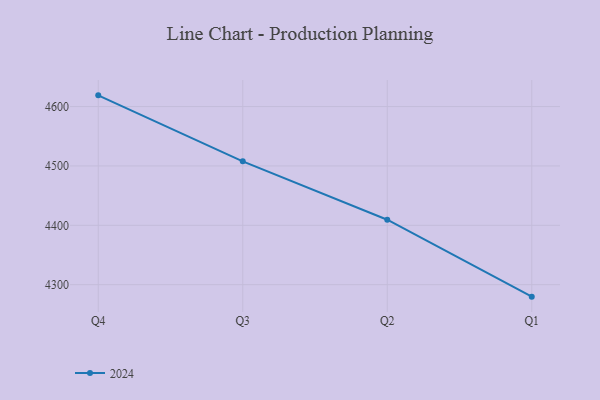
{"axis": {"x": "Quarter", "y": "Customer Acquisition Cost (USD)"}, "legend": ["2024"], "data": [{"x": "Q4", "y": 4618.9, "type": "2024"}, {"x": "Q3", "y": 4507.7, "type": "2024"}, {"x": "Q2", "y": 4409.4, "type": "2024"}, {"x": "Q1", "y": 4279.8, "type": "2024"}]}